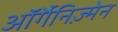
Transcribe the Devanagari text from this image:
ऑर्गैनिज़्मेन